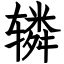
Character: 辚